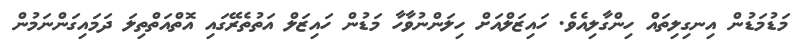
މަޑުމަޑުން އިނގިލިތައް ހިންގާލިއެވެ. ހައިޒަލްއަށް ހިލަންނުވާހާ މަޑުން ހައިޒަލް އަތުތެރޭގައި އޮތްއަތްތިލަ ދަމައިގަންނަމުން